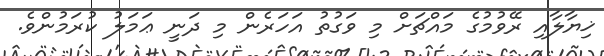
ޚިޔާލާއި ރޭވުމުގެ މައްޗަށް މި ވަގުތު އަހަރެން މި ދަނީ ޢަމަލު ކުރަމުންވެ.